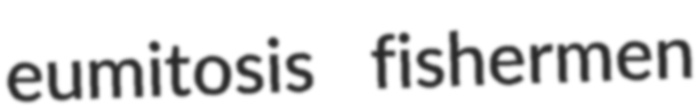
eumitosis fishermen